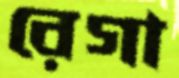
রেগা